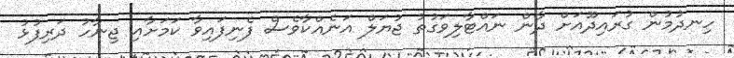
ހިނދުމުން ގުރައިދޫއަށް ދާން ނައްޓާލިވަގުތު ޖުޔަލް އަނެއްކާވެސް ފެނިފައިވާ ކަމަށާއި ޖިނާހު ދަރިފުޅު